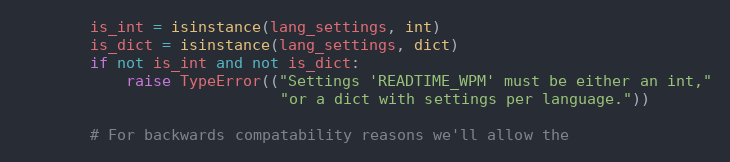
Language: Python
        is_int = isinstance(lang_settings, int)
        is_dict = isinstance(lang_settings, dict)
        if not is_int and not is_dict:
            raise TypeError(("Settings 'READTIME_WPM' must be either an int,"
                             "or a dict with settings per language."))

        # For backwards compatability reasons we'll allow the